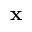
\mathbf { x }